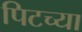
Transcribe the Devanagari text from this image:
पिटच्या